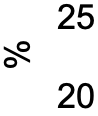
25 % 20